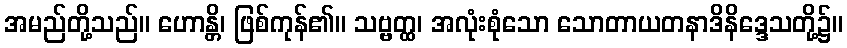
အမည်တို့သည်။ ဟောန္တိ၊ ဖြစ်ကုန်၏။ သဗ္ဗတ္ထ၊ အလုံးစုံသော သောတာယတနာဒိနိဒ္ဒေသတို့၌။